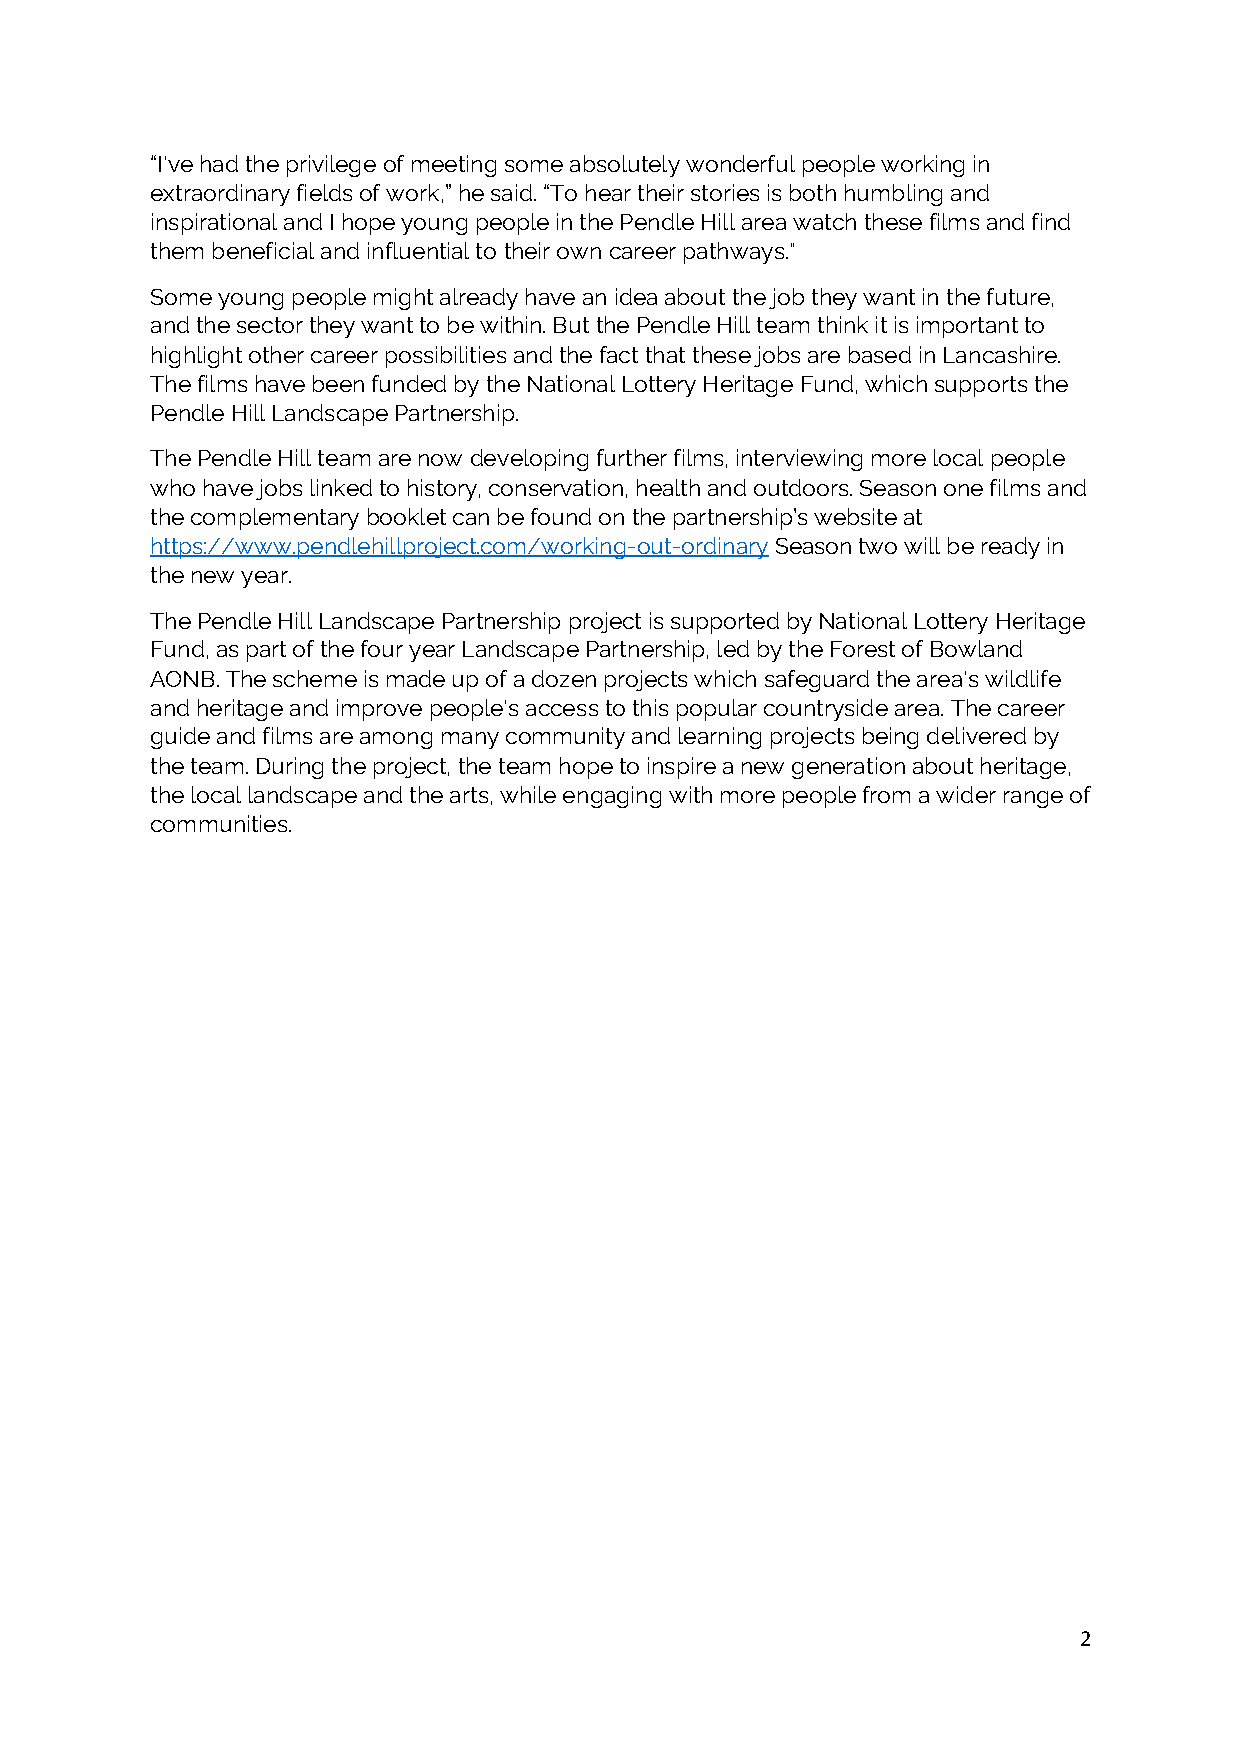
“I've had the privilege of meeting some absolutely wonderful people working in
 extraordinary fields of work,” he said. “To hear their stories is both humbling and
 inspirational and I hope young people in the Pendle Hill area watch these films and find
 them beneficial and influential to their own career pathways."
 Some young people might already have an idea about the job they want in the future,
 and the sector they want to be within. But the Pendle Hill team think it is important to
 highlight other career possibilities and the fact that these jobs are based in Lancashire.
 The films have been funded by the National Lottery Heritage Fund, which supports the
 Pendle Hill Landscape Partnership.
 The Pendle Hill team are now developing further films, interviewing more local people
 who have jobs linked to history, conservation, health and outdoors. Season one films and
 the complementary booklet can be found on the partnership’s website at
 https://www.pendlehillproject.com/working-out-ordinary Season two will be ready in
 the new year.
 The Pendle Hill Landscape Partnership project is supported by National Lottery Heritage
 Fund, as part of the four year Landscape Partnership, led by the Forest of Bowland
 AONB. The scheme is made up of a dozen projects which safeguard the area's wildlife
 and heritage and improve people's access to this popular countryside area. The career
 guide and films are among many community and learning projects being delivered by
 the team. During the project, the team hope to inspire a new generation about heritage,
 the local landscape and the arts, while engaging with more people from a wider range of
 communities.
 2